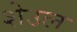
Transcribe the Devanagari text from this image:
शेउल